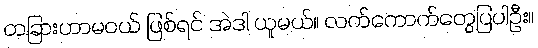
တခြားဟာမဝယ် ဖြစ်ရင် အဲဒါ ယူမယ်။ လက်ကောက်တွေပြပါဦး။